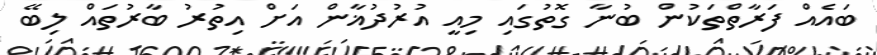
ބައެއް ފަރާތްތަކުން ބުނާ ގޮތުގައި މިއީ އުރުދުޣާން އަށް އިތުރު ބާރުތައް ލިބޭ